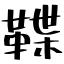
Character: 鞢